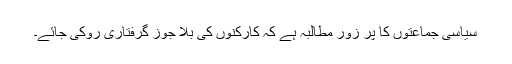
سیاسی جماعتوں کا پُر زور مطالبہ ہے کہ کارکنوں کی بلا جوز گرفتاری روکی جائے۔